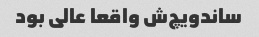
ساندویچ‌ش واقعا عالی بود